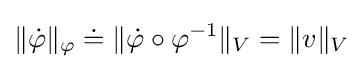
\|{\dot {\varphi }}\|_{\varphi }\doteq \|{\dot {\varphi }}\circ \varphi ^{-1}\|_{V}=\|v\|_{V}